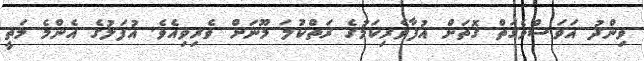
ވިންދު އަވަސްވެގަތް ގޮތަށް އުފާވެރިކަމުގެ ރަތްކުލަ މޫނަށް ވެރިވިއެވެ. އުފަލުގެ އެންމެ މަތީ